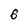
Character: 6